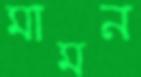
মামন